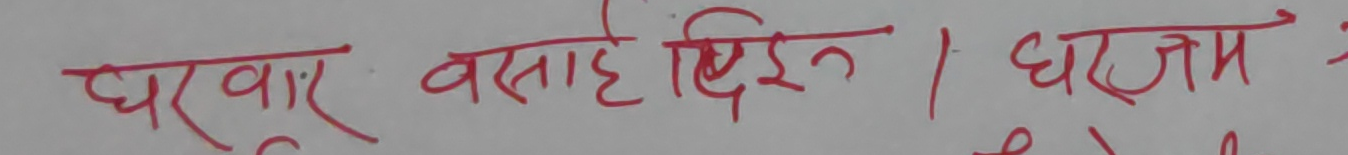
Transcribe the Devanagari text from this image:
घरबार बसाई दिईन। घरजम